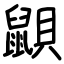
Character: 鼰